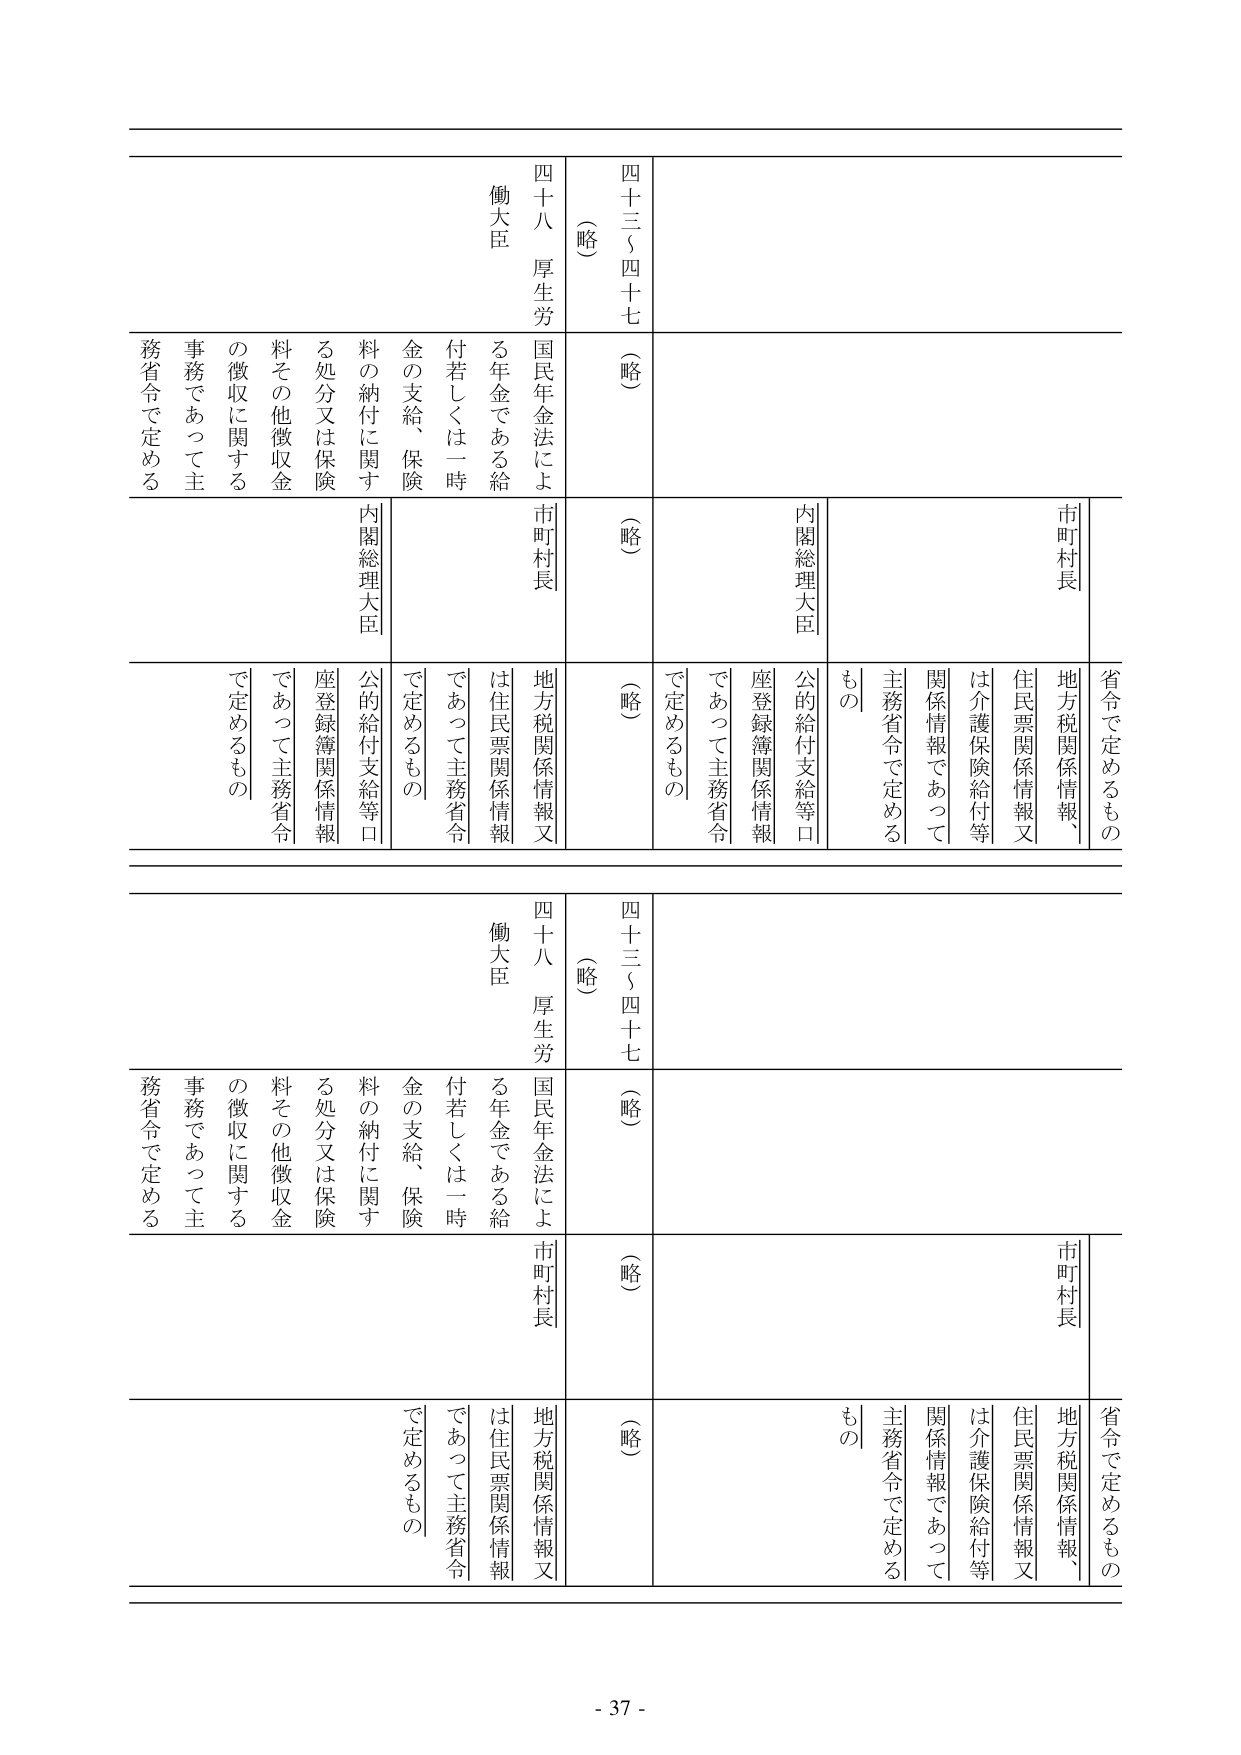
四十三（四十七）（略）
四十八 厚生労働大臣
国民年金法による年金である給付若しくは一時金の支給、保険料の納付に関する処分又は保険料その他徴収金の徴収に関する事務であって主務省令で定める

市町村長
地方税関係情報、住民票関係情報又は介護保険給付等関係情報であって主務省令で定めるもの
内閣総理大臣
公的給付支給等口座登録簿関係情報であって主務省令で定めるもの

（略）
（略）
（略）
（略）

四十三（四十七）（略）
四十八 厚生労働大臣
国民年金法による年金である給付若しくは一時金の支給、保険料の納付に関する処分又は保険料その他徴収金の徴収に関する事務であって主務省令で定める

市町村長
地方税関係情報、住民票関係情報又は介護保険給付等関係情報であって主務省令で定めるもの
内閣総理大臣
公的給付支給等口座登録簿関係情報であって主務省令で定めるもの

（略）
（略）
（略）
（略）

- 37 -